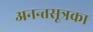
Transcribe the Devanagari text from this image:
अनन्तसूत्रका